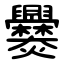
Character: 爨